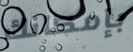
بإمكانك